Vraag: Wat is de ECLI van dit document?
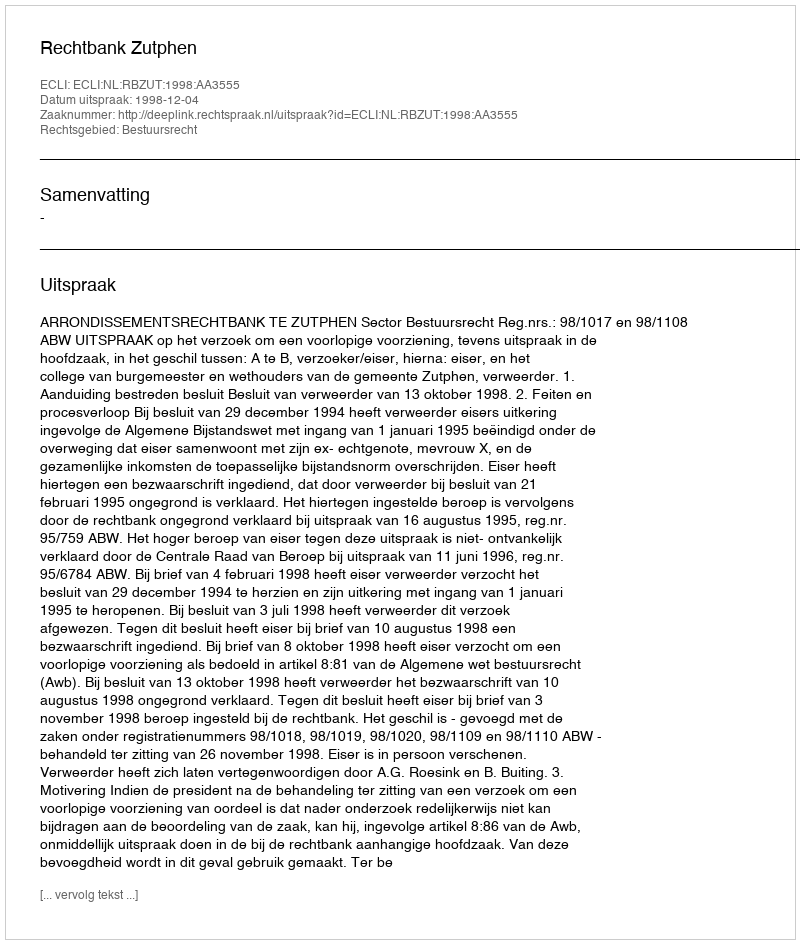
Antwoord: ECLI:NL:RBZUT:1998:AA3555